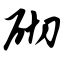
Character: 砌